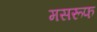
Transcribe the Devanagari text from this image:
मसरूफ